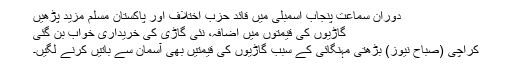
دوران سماعت پنجاب اسمبلی میں قائد حزب اختلاف اور پاکستان مسلم مزید پڑھیں
گاڑیوں کی قیمتوں میں اضافہ، نئی گاڑی کی خریداری خواب بن گئی
کراچی (صباح نیوز) بڑھتی مہنگائی کے سبب گاڑیوں کی قیمتیں بھی آسمان سے باتیں کرنے لگیں۔